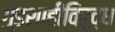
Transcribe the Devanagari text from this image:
गुंडशाहीविरुद्ध